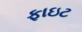
ફાઇટ